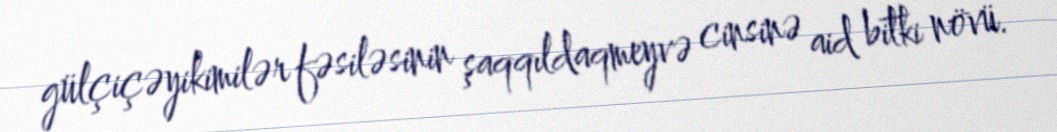
gülçiçəyikimilər fəsiləsinin şaqqıldaqmeyvə cinsinə aid bitki növü.